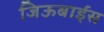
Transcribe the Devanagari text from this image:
जिऊबाईस